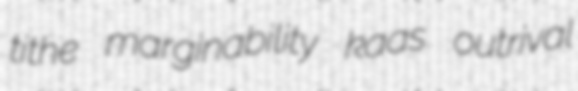
tithe marginability kaas outrival